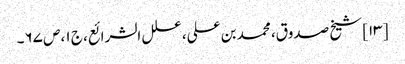
[۱۳] شیخ صدوق، محمد بن علی، علل الشرائع، ج ۱، ص ۶۷۔